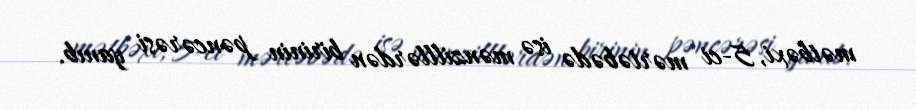
mətbəxi, 5-ci mərtəbədə isə mənzilllərdən birinin pəncərəsi yanıb.